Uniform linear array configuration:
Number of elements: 12
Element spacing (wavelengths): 0.5
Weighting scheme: binomial
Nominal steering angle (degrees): -15
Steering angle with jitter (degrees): -15.499
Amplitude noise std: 0.05
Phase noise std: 0.05

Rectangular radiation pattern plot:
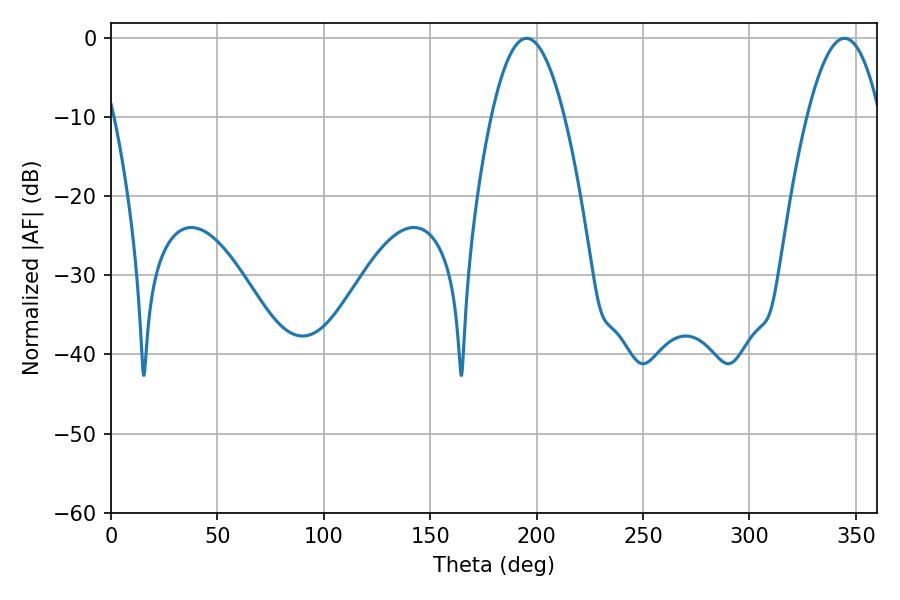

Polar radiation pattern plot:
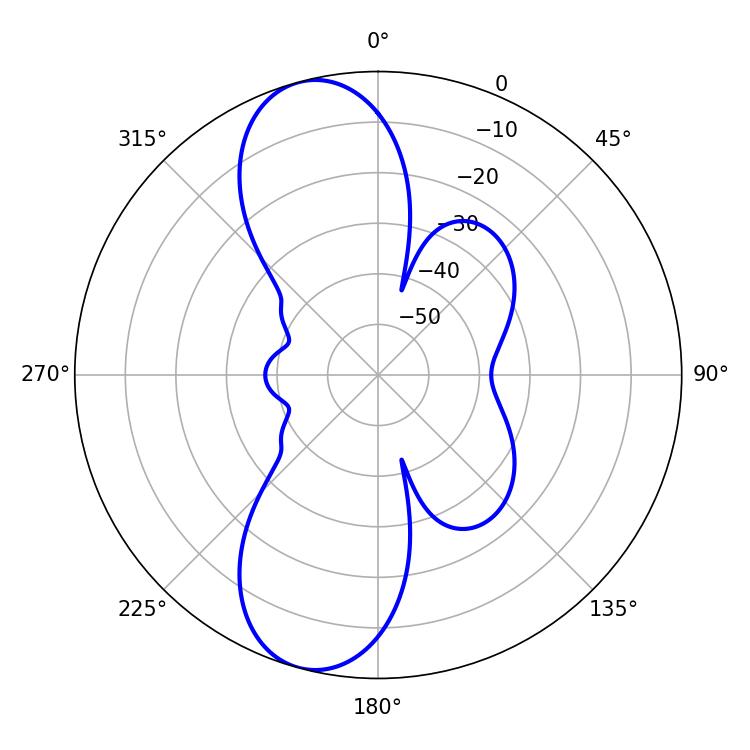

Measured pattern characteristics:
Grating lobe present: FALSE
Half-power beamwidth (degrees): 18.72
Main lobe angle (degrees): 195.3